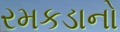
રમકડાનો